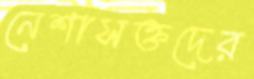
নেশাসক্তদের